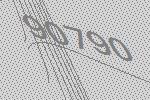
90790